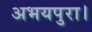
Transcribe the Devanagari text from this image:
अभयपुरा।